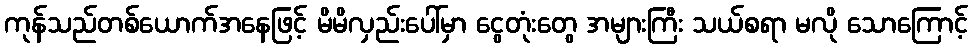
ကုန်သည်တစ်ယောက်အနေဖြင့် မိမိလှည်းပေါ်မှာ ငွေတုံးတွေ အများကြီး သယ်စရာ မလို သောကြောင့်